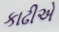
કાઢીએ